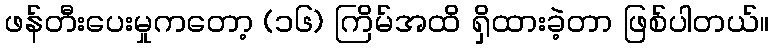
ဖန်တီးပေးမှုကတော့ (၁၆) ကြိမ်အထိ ရှိထားခဲ့တာ ဖြစ်ပါတယ်။